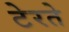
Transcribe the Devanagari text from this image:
टेरते